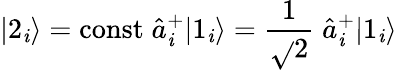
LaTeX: |2_{\mathit{i}}\rangle=\mathrm{{const}}\; \hat{{a}}_{\mathit{i}}^{+}|1_{\mathit{i}}\rangle=\frac{{1}}{{\sqrt{}{{2}}}}\; \hat{{a}}_{\mathit{i}}^{+}|1_{\mathit{i}}\rangle